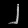
Digit: ၂